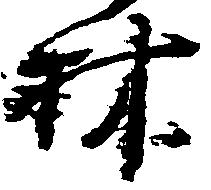
林